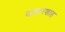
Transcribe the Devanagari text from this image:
दफ़्तरशाह